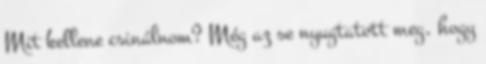
Mit kellene csinálnom? Még az se nyugtatott meg, hogy